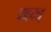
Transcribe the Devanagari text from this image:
घणघस्